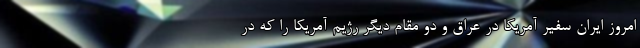
امروز ایران سفیر آمریکا در عراق و دو مقام دیگر رژیم آمریکا را که در